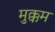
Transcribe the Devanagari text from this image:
मुक्कम